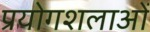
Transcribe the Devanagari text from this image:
प्रयोगशलाओं